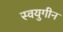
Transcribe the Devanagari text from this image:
स्वयुगीन